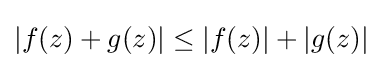
|f(z)+g(z)|\leq |f(z)|+|g(z)|